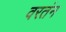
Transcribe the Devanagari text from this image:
वरतंन